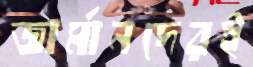
জার্মানদেরই